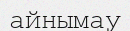
айнымау